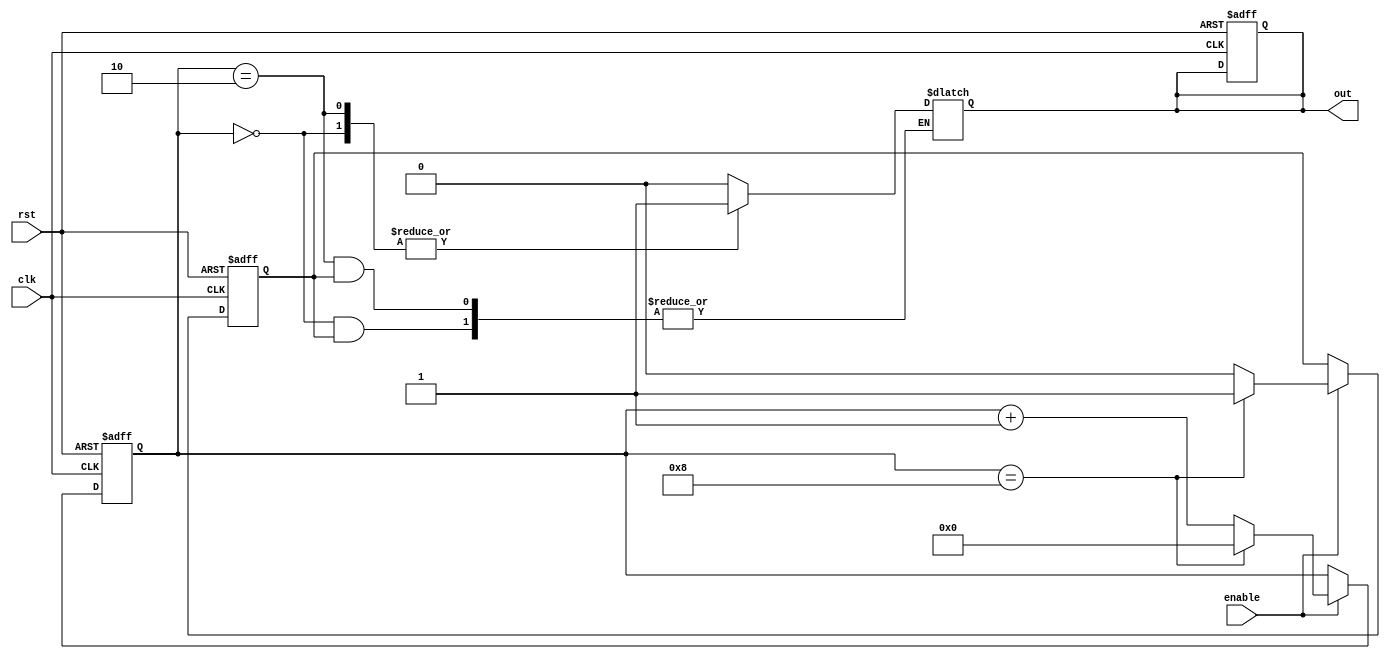
module Loop (
    input clk,
    input rst,
    input enable,
    output reg out
);

reg [3:0] counter;
reg skip;

always @ (posedge clk or posedge rst) begin
    if (rst) begin
        counter <= 4'b0000;
        skip <= 1'b0;
        out <= 1'b0;
    end else if (enable) begin
        if (counter == 4'b1000) begin
            counter <= 4'b0000;
            skip <= 1'b1;
        end else begin
            counter <= counter + 1;
            skip <= 1'b0;
        end
    end
end

always @* begin
    case (counter)
        4'b0000: if (!skip) out <= 1'b1; // Execute on first iteration
        4'b0010: if (!skip) out <= 1'b1; // Execute on third iteration
        default: out <= 1'b0; // Skip all other iterations
    endcase
end

endmodule